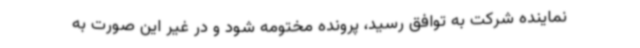
نماینده شرکت به توافق رسید، پرونده مختومه شود و در غیر این صورت به